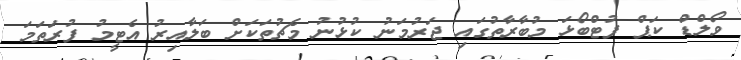
ވޯލްޑް ކަޕް ފުޓްބޯޅަ މުބާރާތުގައި ޖަރުމަނު ކުޅުނު މެޗުތަކަށް ބަލާއިރު އެޓީމު ފުރަތަމަ